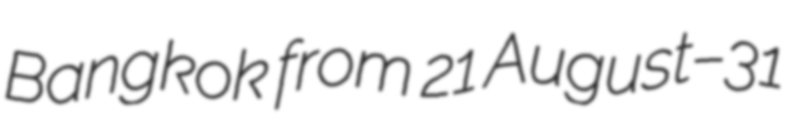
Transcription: Bangkok from 21 August–31